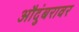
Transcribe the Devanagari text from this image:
औदुंबरावर